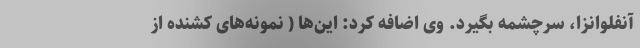
آنفلوانزا، سرچشمه بگیرد. وی اضافه کرد: این‌ها ( نمونه‌های کشنده از